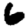
Digit: 6